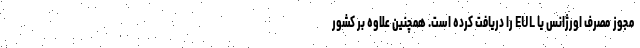
مجوز مصرف اورژانس یا EUL را دریافت کرده است. همچنین علاوه بر کشور